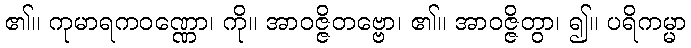
၏။ ကုမာရကဝဏ္ဏော၊ ကို။ အာဝဇ္ဇိတဗ္ဗော၊ ၏။ အာဝဇ္ဇိတွာ၊ ၍။ ပရိကမ္မာ